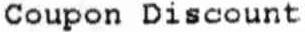
COUPON DISCOUNT